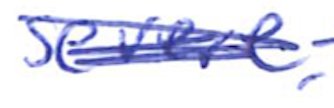
Text: severe,
Cross-out: scratch
Writing tool: ballpoint